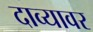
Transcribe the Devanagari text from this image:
दाव्यावर